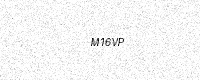
Text: M16VP